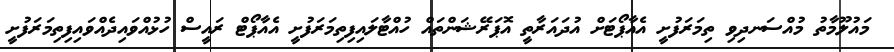
މައުލޫމާތު މުއްސަނދިވި ތިމަރަފުށީ އެއާޕޯޓަށް އުދައަރާތީ އޮޕަރޭޝަންތައް ހުއްޓާލައިފިތިމަރަފުށީ އެއާޕޯޓް ރައީސް ހުޅުއްވައިދެއްވައިފިތިމަރަފުށީ